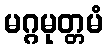
မဂ္ဂမုတ္တမံ